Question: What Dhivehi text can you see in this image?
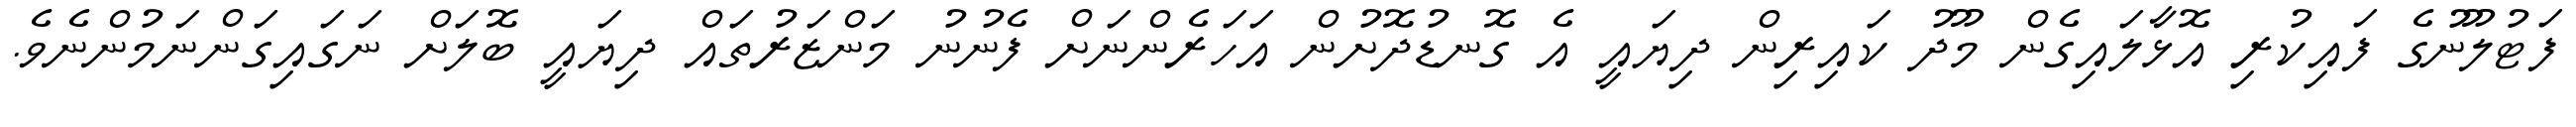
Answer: ފަޓުލޫނުގެ ފައިކުރި އޮޅާލައިގެން މޫދު ކައިރިން ދިޔައީ އެ ގޮނޑުދޮށުން އަހަރެންނަށް ފެނުނު މަންޒަރުތައް ދިޔައީ ބޮލަށް ނަގައިގަންނަމުންނެވެ.